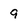
Character: 9